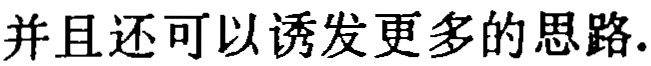
并且还可以诱发更多的思路.